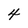
Character: 4